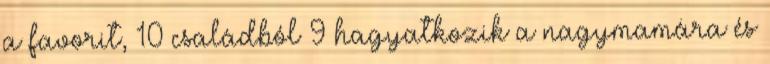
a favorit, 10 családból 9 hagyatkozik a nagymamára és